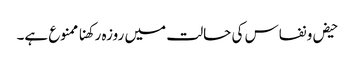
حیض و نفاس کی حالت میں روزہ رکھنا ممنوع ہے۔